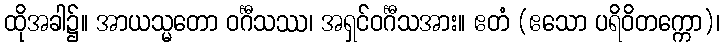
ထိုအခါ၌။ အာယသ္မတော ဝင်္ဂီသဿ၊ အရှင်ဝင်္ဂီသအား။ ဧတံ (ဧသော ပရိဝိတက္ကော)၊